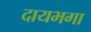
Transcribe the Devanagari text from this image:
दायभगा